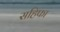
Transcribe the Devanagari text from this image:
सहिफा